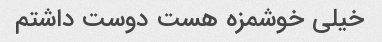
خیلی خوشمزه هست دوست داشتم